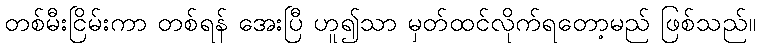
တစ်မီးငြိမ်းကာ တစ်ရန် အေးပြီ ဟူ၍သာ မှတ်ထင်လိုက်ရတော့မည် ဖြစ်သည်။